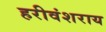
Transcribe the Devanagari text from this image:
हरीवंशराय